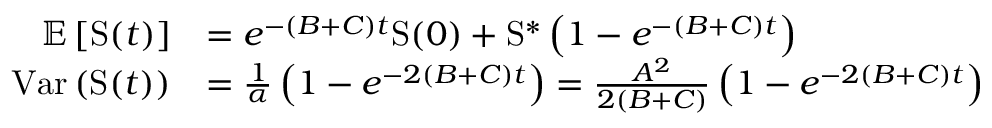
\begin{array} { r l } { \mathbb { E } \left[ \mathrm { S } ( t ) \right] } & { = e ^ { - ( B + C ) t } \mathrm { S } ( 0 ) + \mathrm { S } ^ { \ast } \left( 1 - e ^ { - ( B + C ) t } \right) } \\ { \mathrm { V a r } \left( \mathrm { S } ( t ) \right) } & { = \frac { 1 } { \alpha } \left( 1 - e ^ { - 2 ( B + C ) t } \right) = \frac { A ^ { 2 } } { 2 ( B + C ) } \left( 1 - e ^ { - 2 ( B + C ) t } \right) } \end{array}